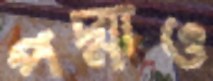
পদ্মাও